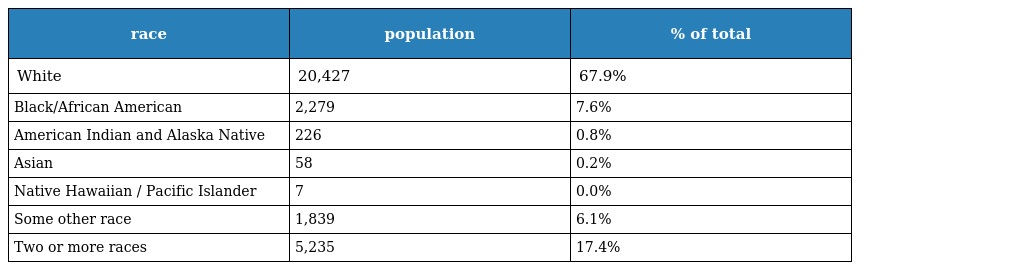
| race | population | % of total |
 | --- | --- | --- |
 | White | 20,427 | 67.9% |
 | Black/African American | 2,279 | 7.6% |
 | American Indian and Alaska Native | 226 | 0.8% |
 | Asian | 58 | 0.2% |
 | Native Hawaiian / Pacific Islander | 7 | 0.0% |
 | Some other race | 1,839 | 6.1% |
 | Two or more races | 5,235 | 17.4% |